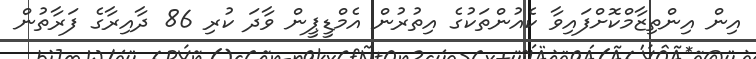
އިން އިންތިޒާމްކޮށްފައިވާ ކެއުންތަކުގެ އިތުރުން އެމްޑީޕީން ވާދަ ކުރި 86 ދާއިރާގެ ފަރާތުން